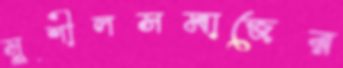
সুশীলসমাজের